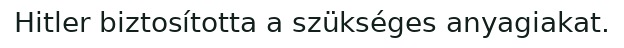
Hitler biztosította a szükséges anyagiakat.